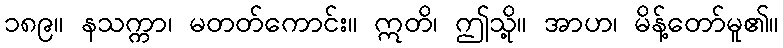
၁၈၉။ နသက္ကာ၊ မတတ်ကောင်း။ ဣတိ၊ ဤသို့။ အာဟ၊ မိန့်တော်မူ၏။